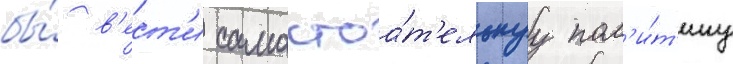
бы́ в'ест'и самостоа́т'ельнуу пол'и́т'ику